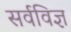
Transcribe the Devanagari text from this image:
सर्वविज्ञ